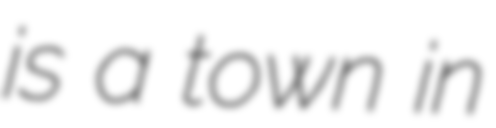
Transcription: is a town in